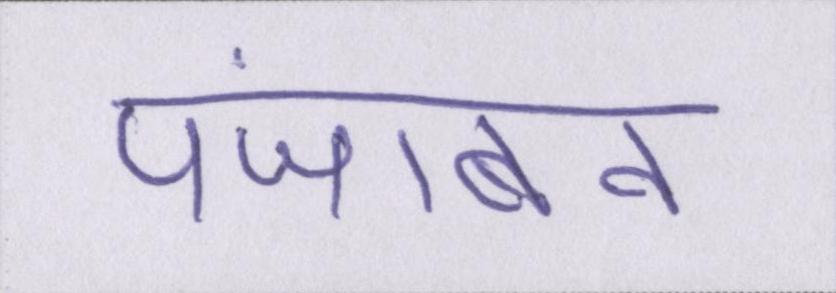
पंजाबन